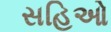
સહિઓ